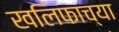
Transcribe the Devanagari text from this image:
खलिफाच्या